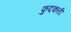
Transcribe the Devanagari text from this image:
फुदकती